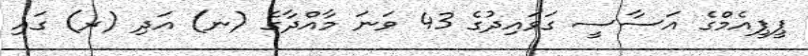
ޕީޕީއެމްގެ އަސާސީ ގަވައިދުގެ 43 ވަނަ މާއްދާގެ (ނ) އަދި (ރ) ގައި